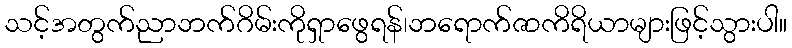
သင့်အတွက်ညာဘက်ဂိမ်းကိုရှာဖွေရန်၊ဘရောက်ဇာကိရိယာများဖြင့်သွားပါ။